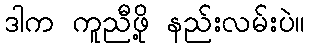
ဒါက ကူညီဖို့ နည်းလမ်းပဲ။